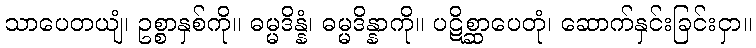
သာပေတယျံ၊ ဥစ္စာနှစ်ကို။ ဓမ္မဒိန္နံ၊ ဓမ္မဒိန္နာကို။ ပဋိစ္ဆာပေတုံ၊ ဆောက်နှင်းခြင်းငှာ။